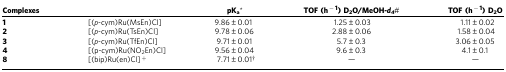
<table><thead><tr><td><b>Complexes</b></td><td><b> </b></td><td><b>pK<sub>a</sub>*</b></td><td><b>TOF (h<sup>−1</sup>) D<sub>2</sub>O/MeOH<i>-d</i><sub><i>4</i></sub>#</b></td><td><b>TOF (h<sup>−1</sup>) D<sub>2</sub>O</b></td></tr></thead><tbody><tr><td><b>1</b></td><td>[(<i>p</i>-cym)Ru(MsEn)Cl]</td><td>9.86±0.01</td><td>1.25±0.03</td><td>1.11±0.02</td></tr><tr><td><b>2</b></td><td>[(<i>p</i>-cym)Ru(TsEn)Cl]</td><td>9.78±0.06</td><td>2.88±0.06</td><td>1.58±0.04</td></tr><tr><td><b>3</b></td><td>[(<i>p</i>-cym)Ru(TfEn)Cl]</td><td>9.71±0.01</td><td>5.7±0.3</td><td>3.06±0.05</td></tr><tr><td><b>4</b></td><td>[(p-cym)Ru(NO<sub>2</sub>En)Cl]</td><td>9.56±0.04</td><td>9.6±0.3</td><td>4.1±0.1</td></tr><tr><td><b>8</b></td><td>[(bip)Ru(en)Cl]<sup>+</sup></td><td>7.71±0.01†</td><td>—</td><td>—</td></tr></tbody></table>